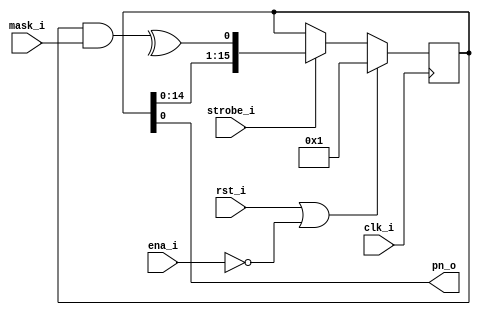
// -*- verilog -*-
//
//  USRP - Universal Software Radio Peripheral
//
//  Copyright (C) 2007 Corgan Enterprises LLC
//
//  This program is free software; you can redistribute it and/or modify
//  it under the terms of the GNU General Public License as published by
//  the Free Software Foundation; either version 2 of the License, or
//  (at your option) any later version.
//
//  This program is distributed in the hope that it will be useful,
//  but WITHOUT ANY WARRANTY; without even the implied warranty of
//  MERCHANTABILITY or FITNESS FOR A PARTICULAR PURPOSE.  See the
//  GNU General Public License for more details.
//
//  You should have received a copy of the GNU General Public License
//  along with this program; if not, write to the Free Software
//  Foundation, Inc., 51 Franklin Street, Boston, MA  02110-1301  USA
//

module lfsr(clk_i,rst_i,ena_i,strobe_i,mask_i,pn_o);
   parameter width = 16;

   input clk_i;
   input rst_i;
   input ena_i;
   input strobe_i;
   input [width-1:0] mask_i;
   
   output pn_o;

   reg  [width-1:0] shifter;

   wire parity = ^(shifter & mask_i);
   
   always @(posedge clk_i)
     if (rst_i | ~ena_i)
       shifter <= #5 1;
     else
       if (strobe_i)
	 shifter <= #5 {shifter[width-2:0],parity};

   assign pn_o = shifter[0];
   
endmodule // lfsr